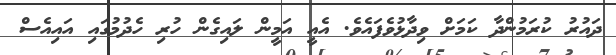
ދައުރު ކުރަމުންދާ ކަމަށް ވިދާޅުވެފައެވެ. އެއީ އަމީން ލައިގެން ހުރި ހެދުމުގައި އައިއެސް